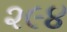
૨૯૪